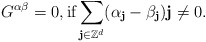
\begin{align*}G^{\alpha\beta}=0,\mbox{if}\sum_{\textbf{j}\in\mathbb{Z}^d}(\alpha_\textbf{j}-\beta_\textbf{j})\textbf{j}\neq 0.\end{align*}